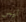
ليس